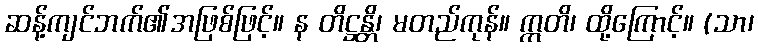
ဆန့်ကျင်ဘက်၏အဖြစ်ဖြင့်။ န တိဋ္ဌန္တိ၊ မတည်ကုန်။ ဣတိ၊ ထို့ကြောင့်။ (သာ၊